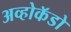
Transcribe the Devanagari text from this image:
अव्होकॅडो